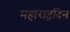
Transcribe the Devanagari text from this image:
महाराष्ट्रदिन